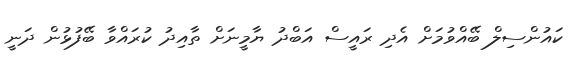
ކައުންސިލް ބޭއްވުމަށް އެދި ރައީސް އަބްދު ޔާމީނަށް ތާއިދު ކުރައްވާ ބޭފުޅުން ދަނީ